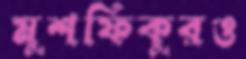
মুশফিকুরও